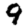
Digit: 9